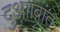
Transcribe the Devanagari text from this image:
दुआाबांत